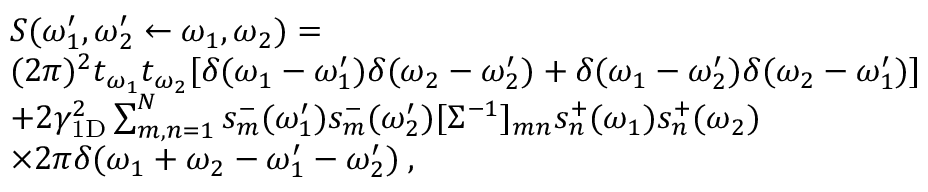
\begin{array} { r l } & { S ( \omega _ { 1 } ^ { \prime } , \omega _ { 2 } ^ { \prime } \leftarrow \omega _ { 1 } , \omega _ { 2 } ) = } \\ & { ( 2 \pi ) ^ { 2 } t _ { \omega _ { 1 } } t _ { \omega _ { 2 } } [ \delta ( \omega _ { 1 } - \omega _ { 1 } ^ { \prime } ) \delta ( \omega _ { 2 } - \omega _ { 2 } ^ { \prime } ) + \delta ( \omega _ { 1 } - \omega _ { 2 } ^ { \prime } ) \delta ( \omega _ { 2 } - \omega _ { 1 } ^ { \prime } ) ] } \\ & { + 2 \gamma _ { \mathrm { 1 D } } ^ { 2 } \sum _ { m , n = 1 } ^ { N } s _ { m } ^ { - } ( \omega _ { 1 } ^ { \prime } ) s _ { m } ^ { - } ( \omega _ { 2 } ^ { \prime } ) [ \Sigma ^ { - 1 } ] _ { m n } s _ { n } ^ { + } ( \omega _ { 1 } ) s _ { n } ^ { + } ( \omega _ { 2 } ) } \\ & { \times 2 \pi \delta ( \omega _ { 1 } + \omega _ { 2 } - \omega _ { 1 } ^ { \prime } - \omega _ { 2 } ^ { \prime } ) \: , } \end{array}